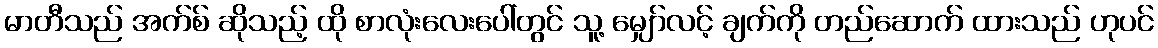
မာတီသည် အက်စ် ဆိုသည့် ထို စာလုံးလေးပေါ်တွင် သူ့ မျှော်လင့် ချက်ကို တည်ဆောက် ထားသည် ဟုပင်